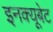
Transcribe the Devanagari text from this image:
इनक्यूबेट